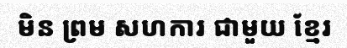
មិន ព្រម សហការ ជាមួយ ខ្មែរ